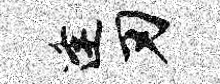
逢刃